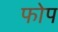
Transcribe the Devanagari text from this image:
फोप